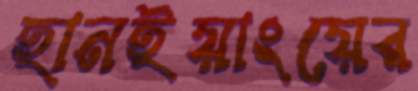
হানইয়াংয়ের